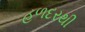
હળદરથી